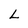
Character: L